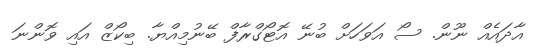
އާދައެއް ނޫން. ސޯ އަވަހަށް ބުނޭ އޮޓޯގްރާފް ބޭނުމިއްޔާ. ބިކޯޒް އައި ވޮންނަ